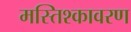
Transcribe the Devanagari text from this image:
मस्तिश्कावरण